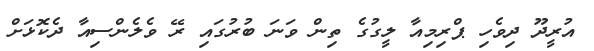
އުރީދޫ ދިވެހި ޕްރިމިއާ ލީގުގެ ތިން ވަނަ ބުރުގައި ރޭ ވެލެންސިއާ ދެކޮޅަށް